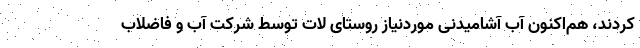
کردند، هم‌اکنون آب آشامیدنی موردنیاز روستای لات توسط شرکت آب و فاضلاب